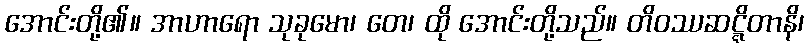
အောင်းတို့၏။ အာဟာရော သုခုမော၊ တေ၊ ထို အောင်းတို့သည်။ တိဝဿဆဋ္ဋိတာနိ၊